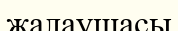
жалаушасы